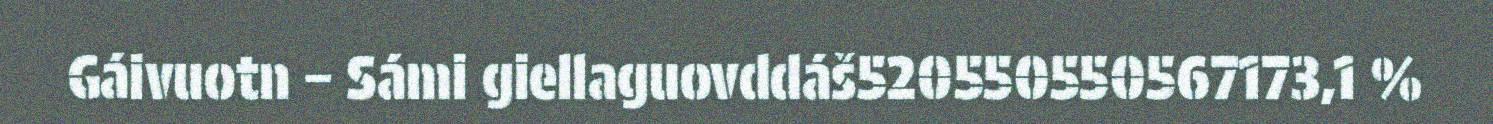
Gáivuotn – Sámi giellaguovddáš520550550567173,1 %